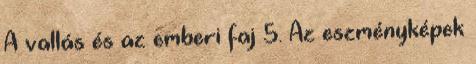
A vallás és az emberi faj 5. Az eszményképek